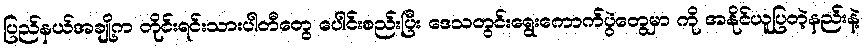
ပြည်နယ်အချို့က တိုင်းရင်းသားပါတီတွေ ပေါင်းစည်းပြီး ဒေသတွင်းရွေးကောက်ပွဲတွေမှာ ကို အနိုင်ယူပြတဲ့နည်းနဲ့